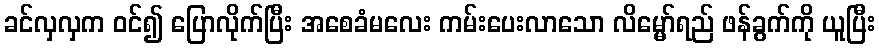
ခင်လှလှက ဝင်၍ ပြောလိုက်ပြီး အစေခံမလေး ကမ်းပေးလာသော လိမ္မော်ရည် ဖန်ခွက်ကို ယူပြီး